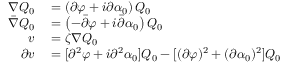
\begin{array} { r l } { \nabla Q _ { 0 } } & { { } = \left( \partial \varphi + i \partial \alpha _ { 0 } \right) Q _ { 0 } } \\ { \bar { \nabla } Q _ { 0 } } & { { } = \left( - \bar { \partial } \varphi + i \bar { \partial } \alpha _ { 0 } \right) Q _ { 0 } } \\ { v } & { { } = \zeta \nabla Q _ { 0 } } \\ { \partial v } & { { } = [ \partial ^ { 2 } \varphi + i \partial ^ { 2 } \alpha _ { 0 } ] Q _ { 0 } - [ ( \partial \varphi ) ^ { 2 } + ( \partial \alpha _ { 0 } ) ^ { 2 } ] Q _ { 0 } } \end{array}